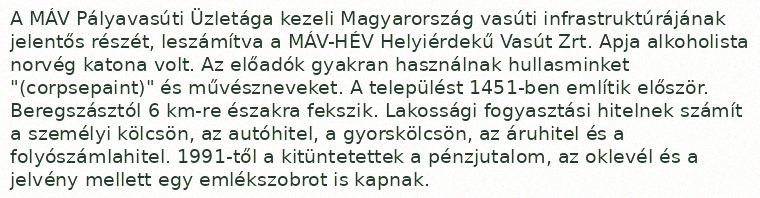
A MÁV Pályavasúti Üzletága kezeli Magyarország vasúti infrastruktúrájának jelentős részét, leszámítva a MÁV-HÉV Helyiérdekű Vasút Zrt. Apja alkoholista norvég katona volt. Az előadók gyakran használnak hullasminket "(corpsepaint)" és művészneveket. A települést 1451-ben említik először. Beregszásztól 6 km-re északra fekszik. Lakossági fogyasztási hitelnek számít a személyi kölcsön, az autóhitel, a gyorskölcsön, az áruhitel és a folyószámlahitel. 1991-től a kitüntetettek a pénzjutalom, az oklevél és a jelvény mellett egy emlékszobrot is kapnak.